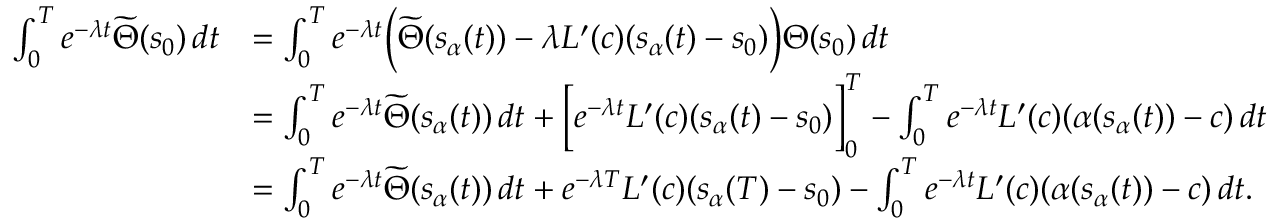
\begin{array} { r l } { \int _ { 0 } ^ { T } e ^ { - \lambda t } \widetilde { \Theta } ( s _ { 0 } ) \, d t } & { = \int _ { 0 } ^ { T } e ^ { - \lambda t } \Bigl ( \widetilde { \Theta } ( s _ { \alpha } ( t ) ) - \lambda L ^ { \prime } ( c ) ( s _ { \alpha } ( t ) - s _ { 0 } ) \Bigr ) { \Theta } ( s _ { 0 } ) \, d t } \\ & { = \int _ { 0 } ^ { T } e ^ { - \lambda t } \widetilde { \Theta } ( s _ { \alpha } ( t ) ) \, d t + \Bigl [ e ^ { - \lambda t } L ^ { \prime } ( c ) ( s _ { \alpha } ( t ) - s _ { 0 } ) \Bigr ] _ { 0 } ^ { T } - \int _ { 0 } ^ { T } e ^ { - \lambda t } L ^ { \prime } ( c ) ( \alpha ( s _ { \alpha } ( t ) ) - c ) \, d t } \\ & { = \int _ { 0 } ^ { T } e ^ { - \lambda t } \widetilde { \Theta } ( s _ { \alpha } ( t ) ) \, d t + e ^ { - \lambda T } L ^ { \prime } ( c ) ( s _ { \alpha } ( T ) - s _ { 0 } ) - \int _ { 0 } ^ { T } e ^ { - \lambda t } L ^ { \prime } ( c ) ( \alpha ( s _ { \alpha } ( t ) ) - c ) \, d t . } \end{array}